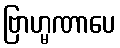
ဗြာဟ္မဏာပေ